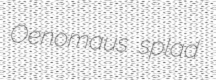
Oenomaus splad